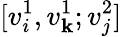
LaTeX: [v_{i}^{1},v_{\mathbf{k}}^{1};v_{j}^{2}]